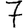
Digit: 7